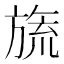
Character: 旒